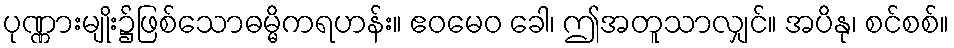
ပုဏ္ဏားမျိုး၌ဖြစ်သောဓမ္မိကရဟန်း။ ဧဝမေဝ ခေါ၊ ဤအတူသာလျှင်။ အပိနု၊ စင်စစ်။